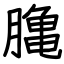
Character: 𪚲